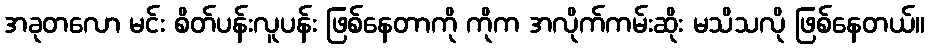
အခုတလော မင်း စိတ်ပန်းလူပန်း ဖြစ်နေတာကို ကိုက အလိုက်ကမ်းဆိုး မသိသလို ဖြစ်နေတယ်။